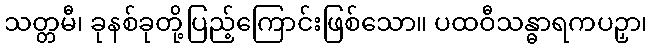
သတ္တမီ၊ ခုနစ်ခုတို့ပြည့်ကြောင်းဖြစ်သော။ ပထဝီသန္ဓာရကပဉှာ၊